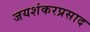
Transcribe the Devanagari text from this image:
जयशंकरप्रसाद